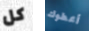
كل أعطوك